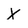
Character: X